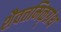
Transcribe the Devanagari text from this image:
शैवत्तमिऴ्‌ग्रंथ